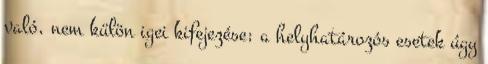
való, nem külön igei kifejezése; a helyhatározós esetek úgy